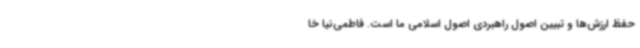
حفظ ارزش‌ها و تبیین اصول راهبردی اصول اسلامی ما است. فاطمی‌نیا خا